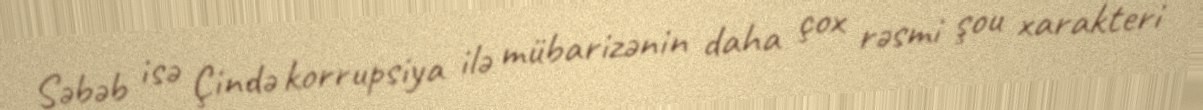
Səbəb isə Çində korrupsiya ilə mübarizənin daha çox rəsmi şou xarakteri